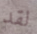
لقد